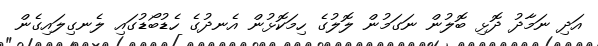
އަދި ނަމާދު ދޮޅި ބޮލުން ނަގަމުން ލޮލުގެ ހިމަކޮޅުން އެނދުގެ ހެޑުބޯޑުގައި ލެނގިލައިގެން